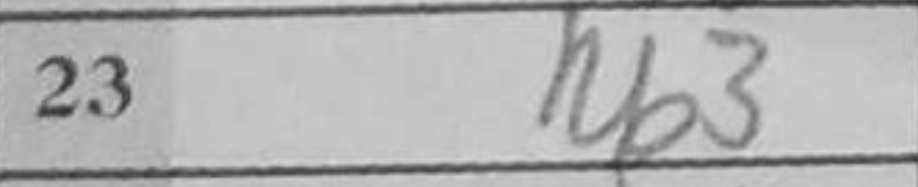
Transcription: Rb3